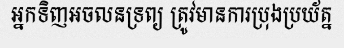
អ្នកទិញអចលនទ្រព្យ ត្រូវមានការប្រុងប្រយ័ត្ន